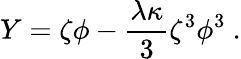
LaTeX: Y=\zeta\phi-{\frac{\lambda\kappa}{3}}\zeta^{3}\phi^{3}~.